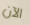
الآن